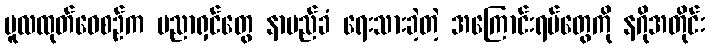
မူလထုတ်ဝေစဉ်က ပညာရှင်တွေ နာမည်ခံ ရေးသားခဲ့တဲ့ အကြောင်းရပ်တွေကို နဂိုအတိုင်း